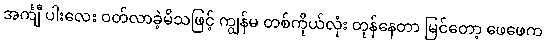
အင်္ကျီ ပါးလေး ဝတ်လာခဲ့မိသဖြင့် ကျွန်မ တစ်ကိုယ်လုံး တုန်နေတာ မြင်တော့ ဖေဖေက